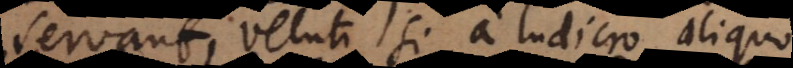
servant, veluti si a ludicro aliquo